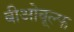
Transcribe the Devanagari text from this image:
बीओवूल्फ